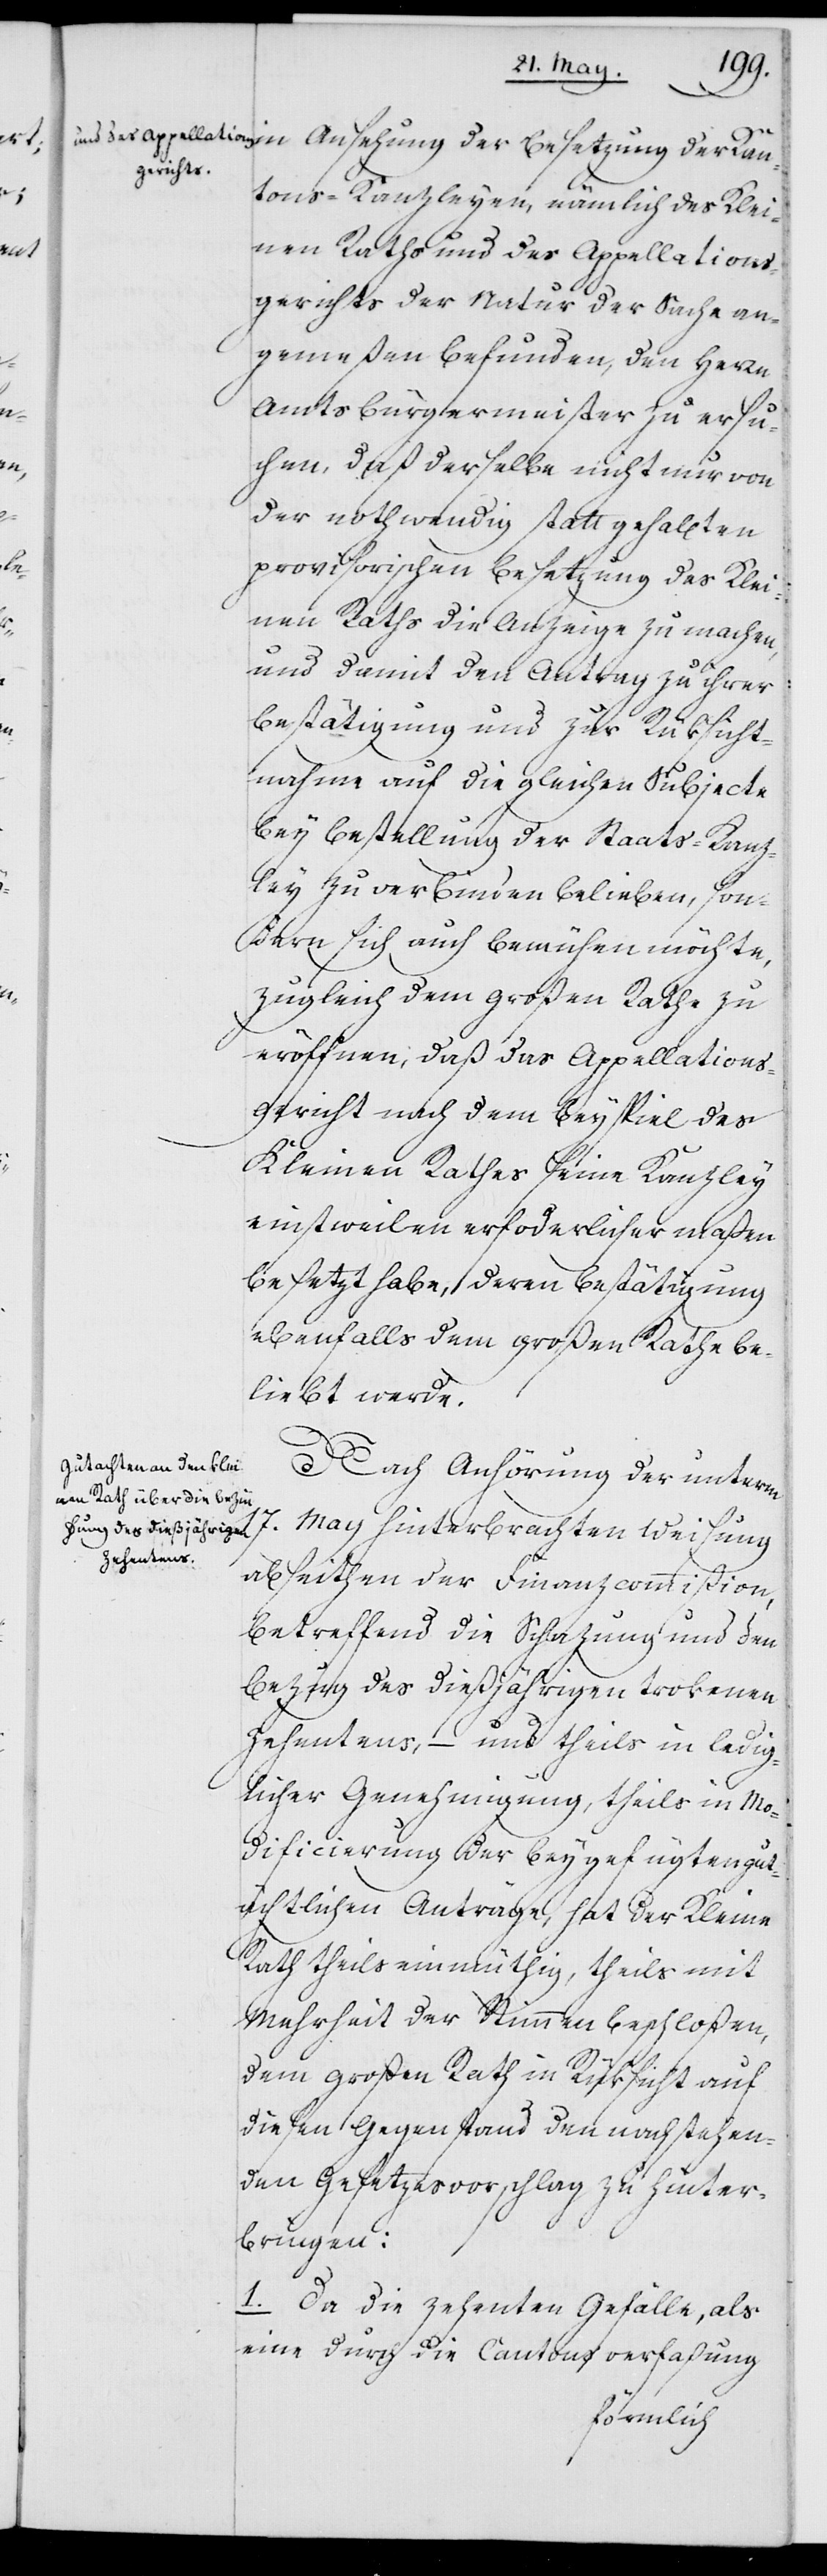
17.
in Ansehung der Besetzung der Kan¬
tons-Kanzleyen, nämlich des Klei¬
nen Raths und des Appellations¬
gerichts der Natur der Sache an¬
gemeßen befunden, den Herrn
Amtsbürgermeister zu ersu¬
chen, daß derselbe nicht nur von
der nothwendig statt gehabten
provisorischen Besetzung des Klei¬
nen Raths die Anzeige zu machen,
und damit den Antrag zu ihrer
Bestätigung und zur Rüksicht¬
nahme auf die gleichen Subjecte
bey Bestellung der Staats-Kanz¬
ley zu verbinden belieben, son¬
dern sich auch bemühen möchte,
zugleich dem Großen Rathe zu
eröffnen, daß das Appellation¬
s-Gericht nach dem Beyspiel des
Kleinen Rathes seine Kanzley
einstweilen erforderlichermaßen
besetzt habe, deren Bestätigung
ebenfalls dem Großen Rathe be¬
liebt werde.
Nach Anhörung der unterm
May hinterbrachten Weisung
abseithen der Finanzcommißion,
betreffend die Schazung und den
Bezug des dießjährigen trokenen
Zehentens, – und theils in ledig¬
licher Genehmigung, theils in Mo¬
dificierung der beygefügten gut¬
ächtlichen Anträge, hat der Kleine
Rath theils einmüthig, theils mit
Mehrheit der Stimmen beschloßen,
dem großen Rath in Rüksicht auf
diesen Gegenstand den nachstehen¬
den Gesetzesvorschlag zu hinter¬
bringen:
1. Da die Zehenten Gefälle, als
eine durch die Cantonsverfaßung